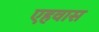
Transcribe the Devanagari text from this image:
एहवास